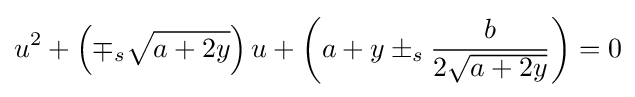
u^{2}+\left(\mp _{s}{\sqrt {a+2y}}\right)u+\left(a+y\pm _{s}{b \over 2{\sqrt {a+2y}}}\right)=0